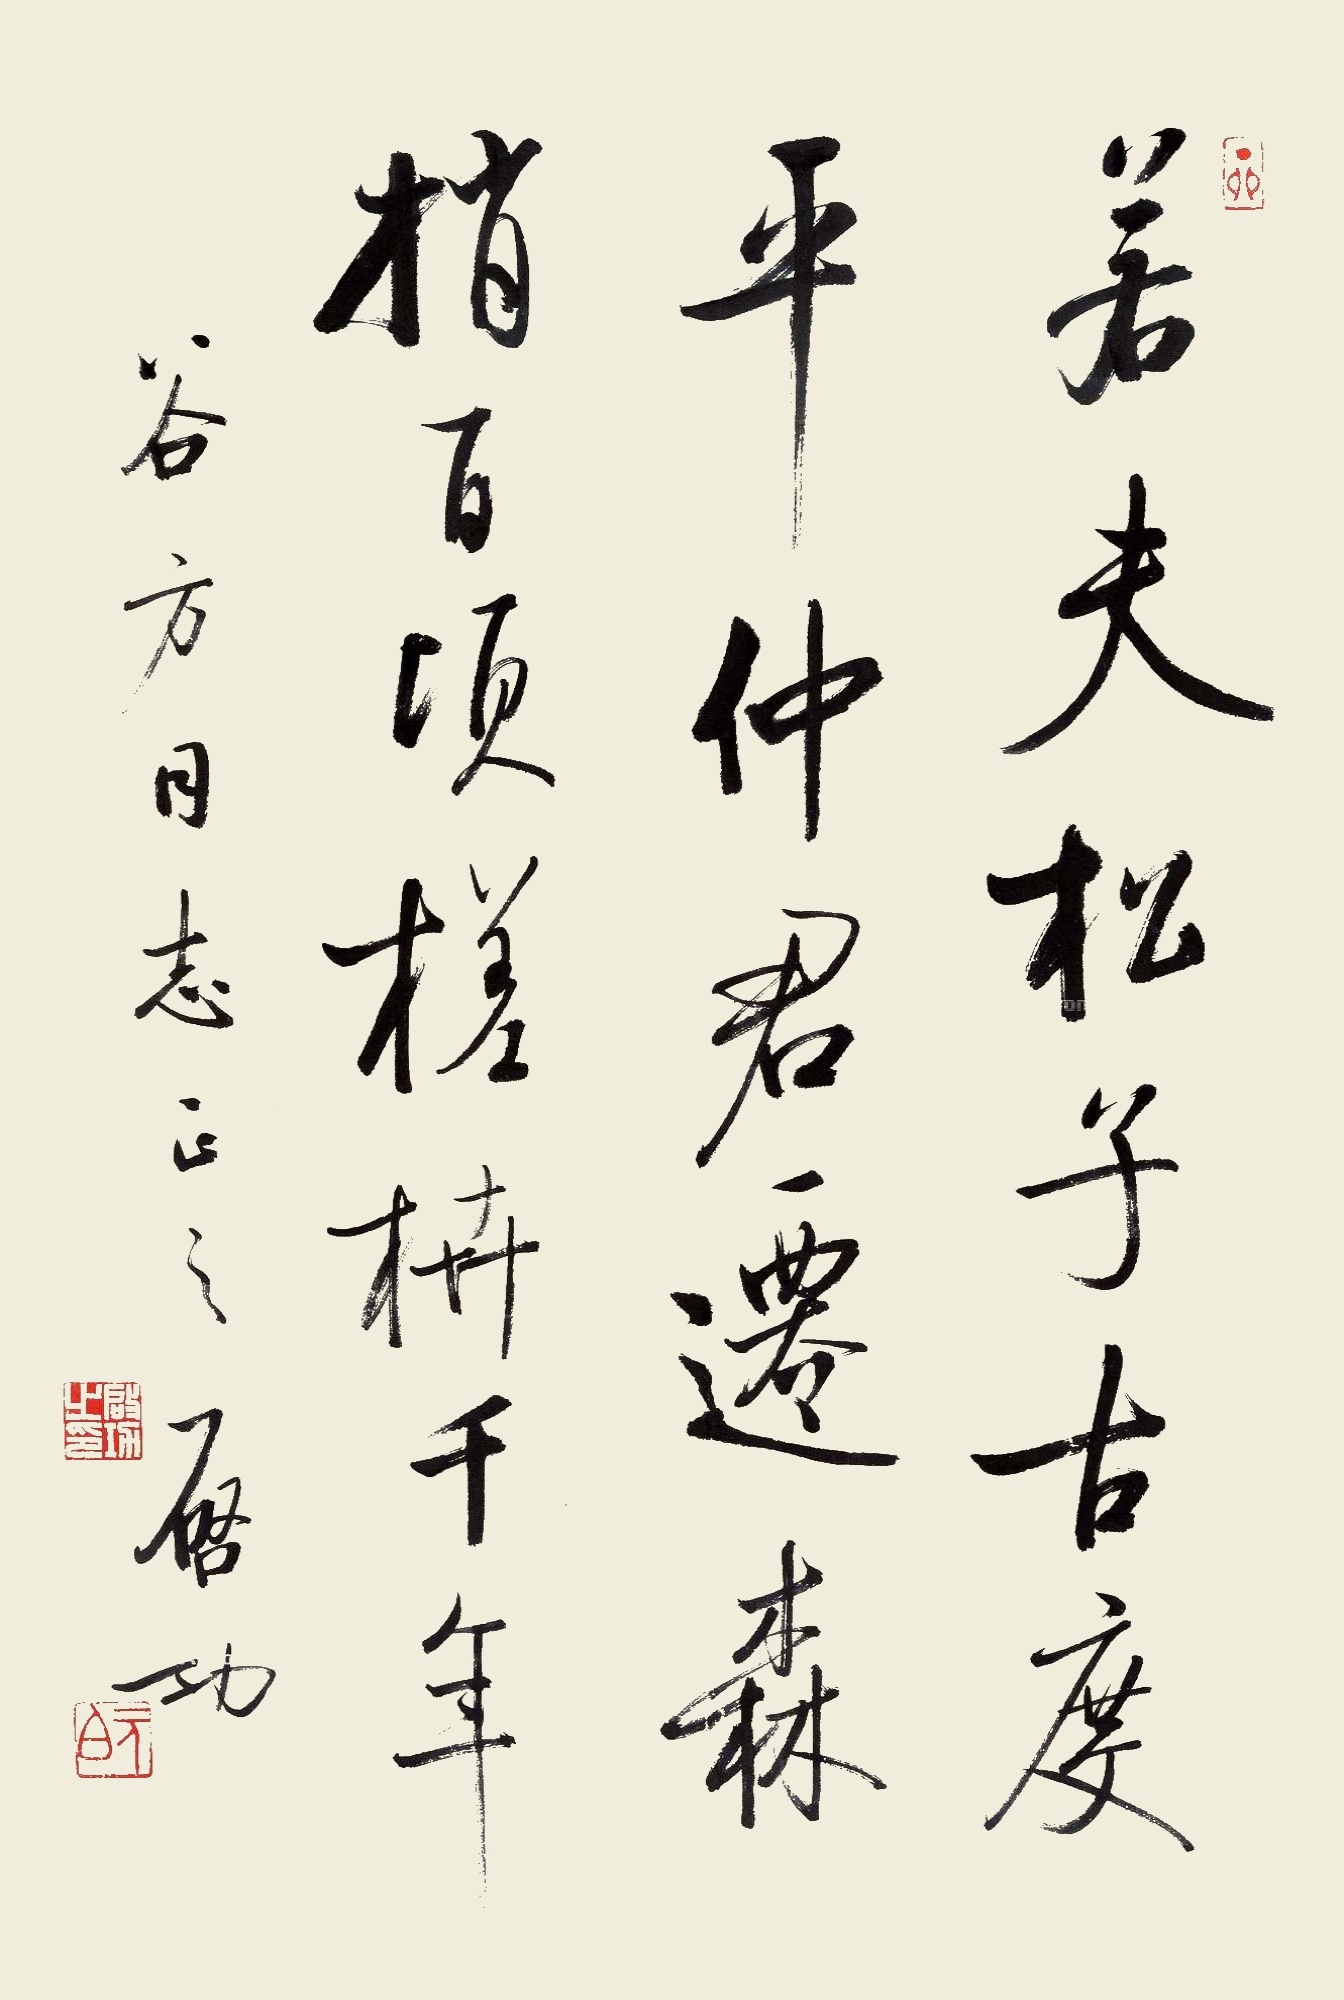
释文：若夫松子、古度、平仲、君迁，森梢百顷，槎枿千年。谷方同志正之，启功。